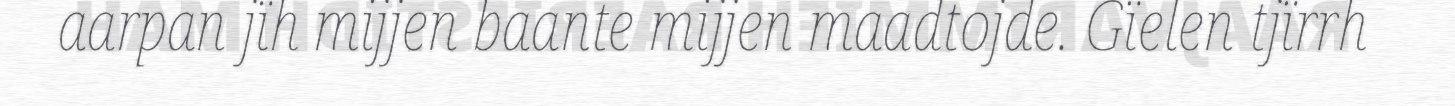
aarpan jïh mijjen baante mijjen maadtojde. Gïelen tjïrrh